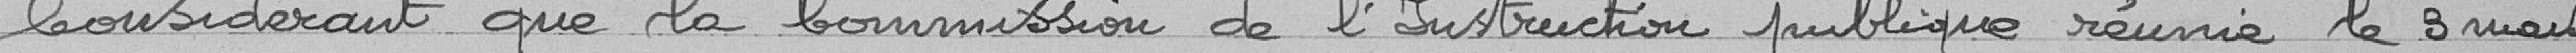
Considérant que la Commission de l'Instruction publique réunie le 3 mars